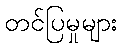
တင်ပြမှုများ